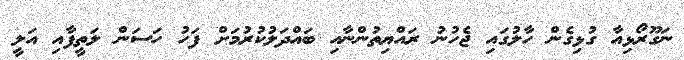
ނަގޫރޯޅިއާ ގުޅިގެން ހާލުގައި ޖެހުނު ރައްޔިތުންނާއި ބައްދަލުކުރުމަށް ފަހު ހަސަން ލަތީފާއި އަލީ